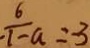
\frac { 6 } { - 1 - a } = 3